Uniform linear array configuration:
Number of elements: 48
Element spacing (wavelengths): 0.75
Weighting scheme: blackman
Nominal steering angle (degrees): -45
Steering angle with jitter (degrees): -46.389
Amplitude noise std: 0.05
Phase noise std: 0.05

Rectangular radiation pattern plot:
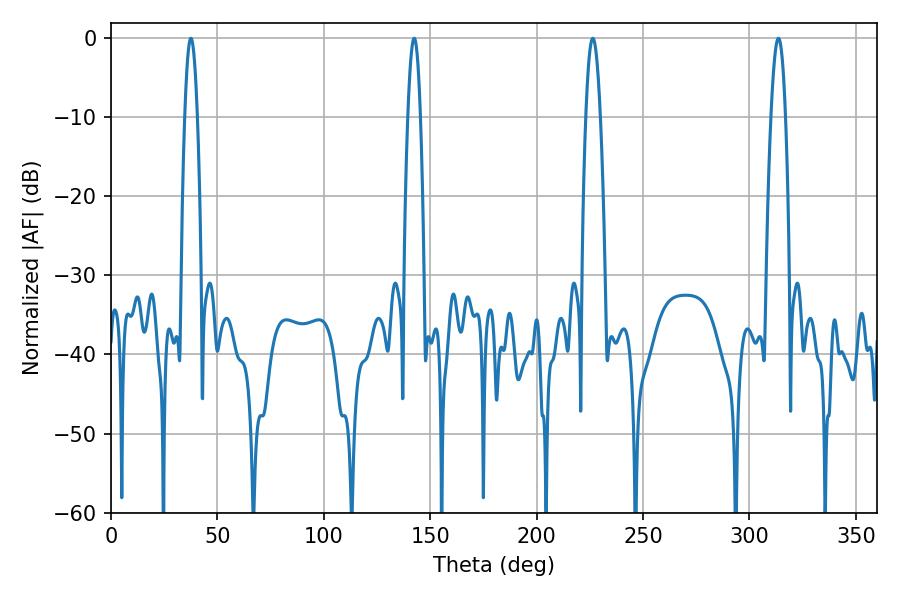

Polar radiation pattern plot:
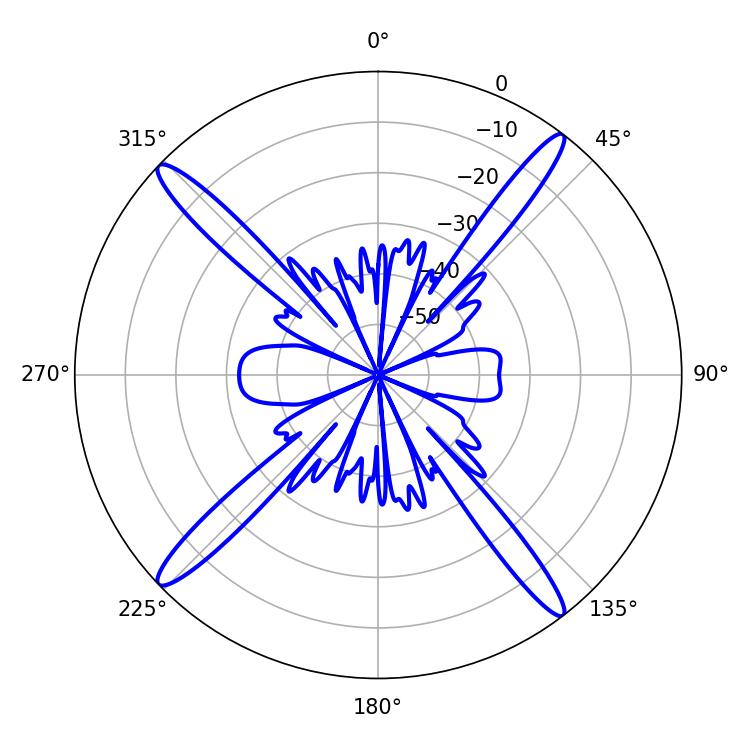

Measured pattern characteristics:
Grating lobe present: TRUE
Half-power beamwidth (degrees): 3.6
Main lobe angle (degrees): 313.56